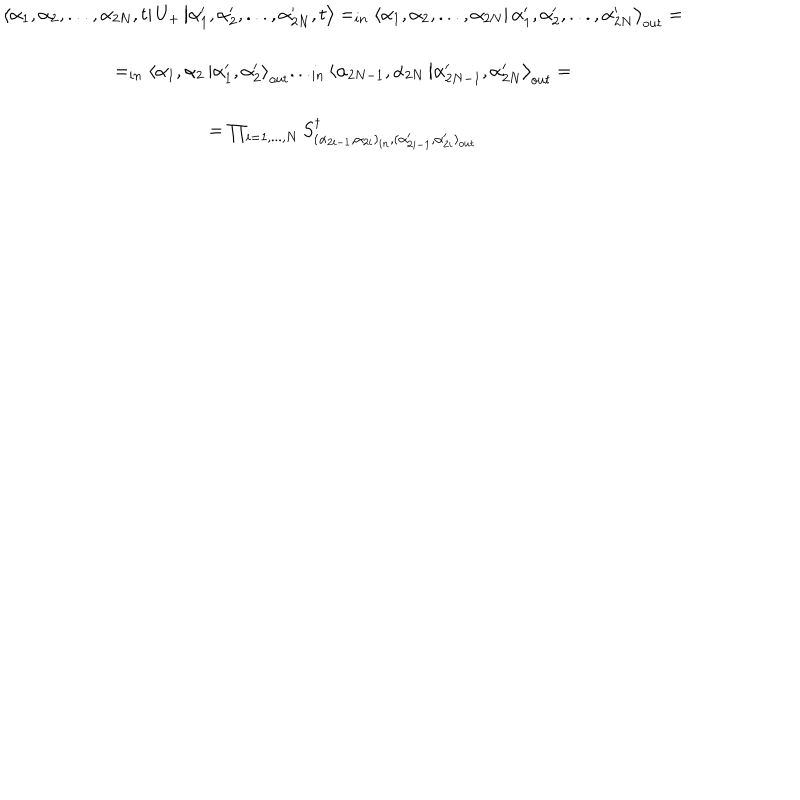
LaTeX: \begin{array} { c } { { \displaystyle \left\langle \alpha _ { 1 } , \alpha _ { 2 } , . . . , \alpha _ { 2 N } , t \right| U _ { + } \left| \alpha _ { 1 } ^ { \prime } , \alpha _ { 2 } ^ { \prime } , . . . , \alpha _ { 2 N } ^ { \prime } , t \right\rangle = _ { i n } \left\langle \alpha _ { 1 } , \alpha _ { 2 } , . . . , \alpha _ { 2 N } \right| \left. \alpha _ { 1 } ^ { \prime } , \alpha _ { 2 } ^ { \prime } , . . . , \alpha _ { 2 N } ^ { \prime } \right\rangle _ { o u t } = } } \\ { { = _ { i n } \left\langle \alpha _ { 1 } , \alpha _ { 2 } \right. \left| \alpha _ { 1 } ^ { \prime } , \alpha _ { 2 } ^ { \prime } \right\rangle _ { o u t } . . . _ { i n } \left\langle \alpha _ { 2 N - 1 } , \alpha _ { 2 N } \right. \left| \alpha _ { 2 N - 1 } ^ { \prime } , \alpha _ { 2 N } ^ { \prime } \right\rangle _ { o u t } = } } \\ { { = \prod _ { i = 1 , . . . , N } S _ { ( \alpha _ { 2 i - 1 } , \alpha _ { 2 i } ) _ { i n } , ( \alpha _ { 2 i - 1 } ^ { \prime } , \alpha _ { 2 i } ^ { \prime } ) _ { o u t } } ^ { \dagger } } } \\ \end{array}